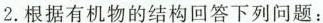
2.根据有机物的结构回答下列问题：